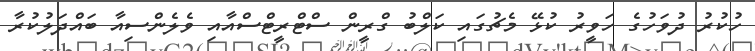
ހުކުރު ދުވަހުގެ ހަވީރު ކުޅޭ މެޗުގައި ކަލްބު ގްރީން ސްޓްރީޓްސްއާއި ވެލެންސިއާ ބައްދަލުކުރާ